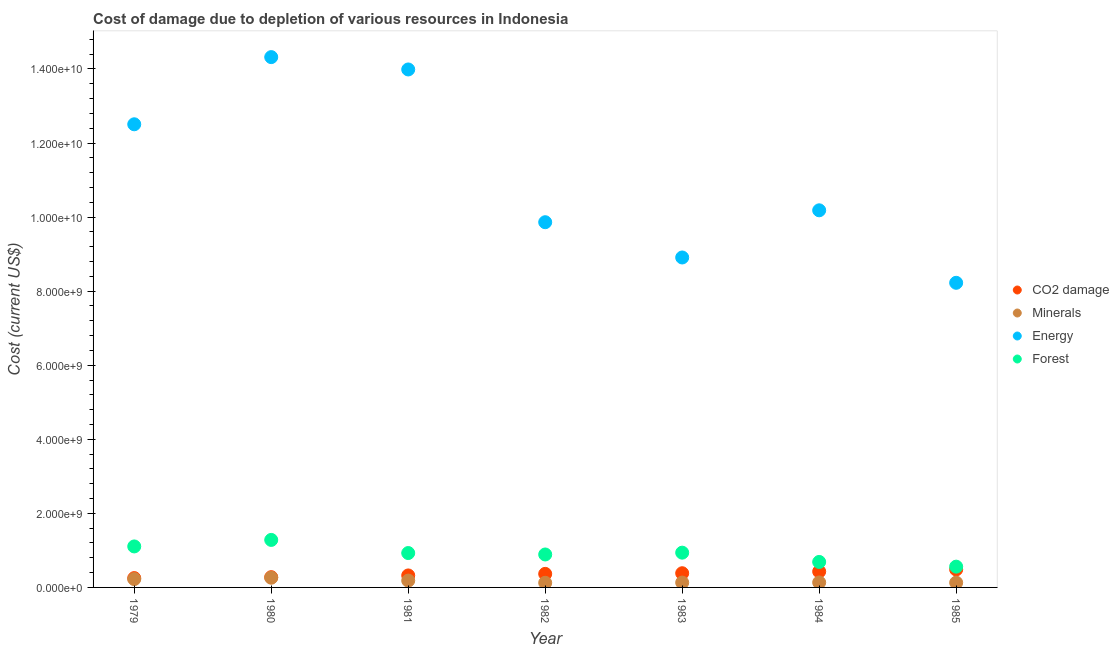
| Year | CO2 damage | Minerals | Energy | Forest |
 | --- | --- | --- | --- | --- |
 | 1979 | 2.52e+08 | 2.25e+08 | 1.25e+10 | 1.11e+09 |
 | 1980 | 2.77e+08 | 2.62e+08 | 1.43e+10 | 1.28e+09 |
 | 1981 | 3.24e+08 | 1.85e+08 | 1.4e+10 | 9.29e+08 |
 | 1982 | 3.66e+08 | 1.25e+08 | 9.86e+09 | 8.9e+08 |
 | 1983 | 3.83e+08 | 1.31e+08 | 8.91e+09 | 9.39e+08 |
 | 1984 | 4.29e+08 | 1.34e+08 | 1.02e+10 | 6.88e+08 |
 | 1985 | 4.84e+08 | 1.29e+08 | 8.23e+09 | 5.61e+08 |